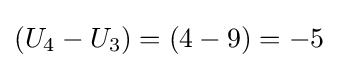
\left(U_{4}-U_{3}\right)=\left(4-9\right)=-5